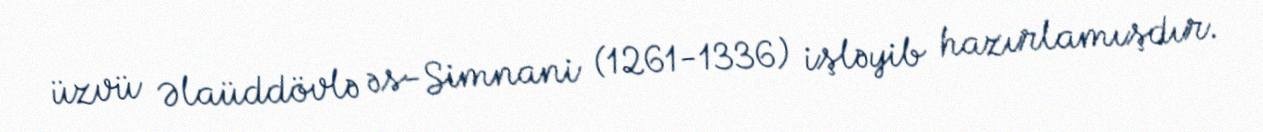
üzvü Əlaüddövlə əs-Simnani (1261-1336) işləyib hazırlamışdır.